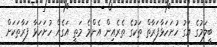
ބީލަމުގެ އަގު ހުށަހަޅާފަރާތް ތަކުގެ ތެރެއިން އެންމެ މަތީ އަގެއް ހުށަހަޅާ ފަރާތަކަށް